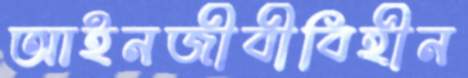
আইনজীবীবিহীন